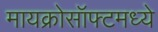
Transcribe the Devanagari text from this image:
मायक्रोसॉफ्टमध्ये